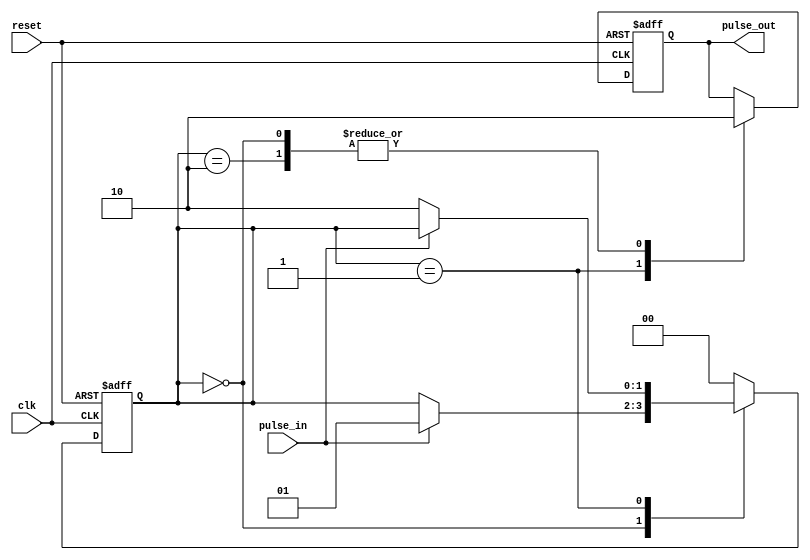
module PulseSynchronizer (
    input wire clk,
    input wire reset,
    input wire pulse_in,
    output reg pulse_out
);

reg [1:0] state;

always @(posedge clk or posedge reset) begin
    if (reset) begin
        state <= 2'b00;
        pulse_out <= 1'b0;
    end else begin
        case (state)
            2'b00: begin
                pulse_out <= 1'b0;
                if (pulse_in) begin
                    state <= 2'b01;
                end
            end
            2'b01: begin
                pulse_out <= 1'b1;
                if (!pulse_in) begin
                    state <= 2'b10;
                end
            end
            2'b10: begin
                pulse_out <= 1'b0;
                state <= 2'b00;
            end
            default: state <= 2'b00;
        endcase
    end
end

endmodule